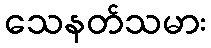
သေနတ်သမား